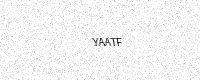
Text: YAATF